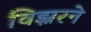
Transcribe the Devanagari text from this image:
विझ्नरने